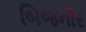
બિજનૌર